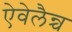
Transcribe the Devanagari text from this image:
ऐवेलैन्च